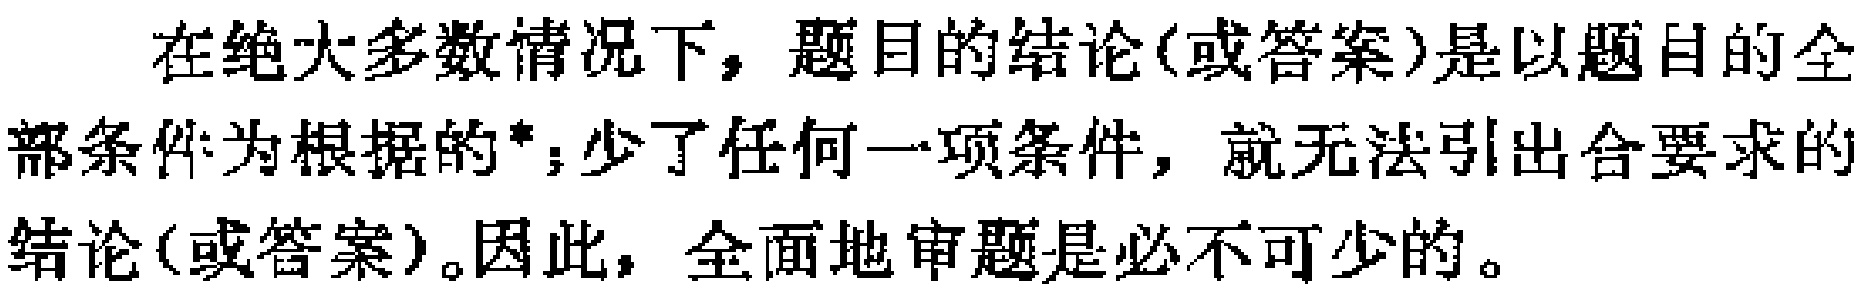
在绝大多数情况下，题目的结论(或答案)是以题目的全部条件为根据的*；少了任何一项条件，就无法引出合要求的结论(或答案)。因此，全面地审题是必不可少的。